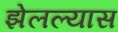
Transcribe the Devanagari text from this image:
झेलल्यास